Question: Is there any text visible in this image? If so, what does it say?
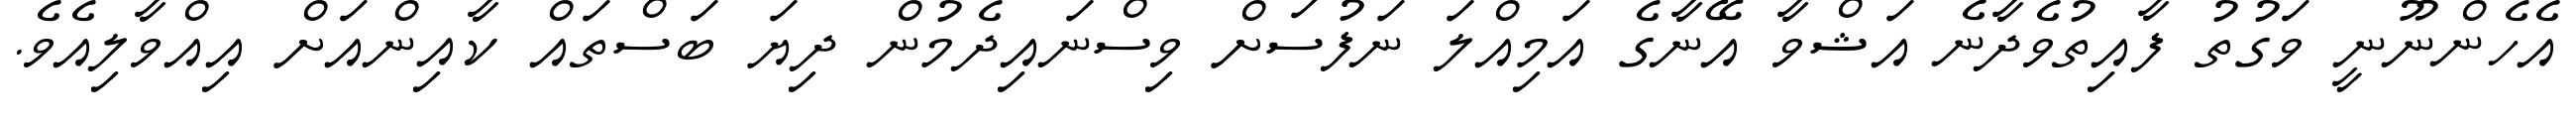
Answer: އެހެންނޫނީ ވަގުތު ފާއިތުވެދާނެ އަޝްވާ އޭނާގެ އަމިއްލަ ނަފުސަށް ވިސްނައިދެމުން ދިޔަ ބަސްތައް ކާއިންއަށް އިއްވާލިއެވެ.